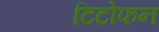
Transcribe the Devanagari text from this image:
टिटोफन